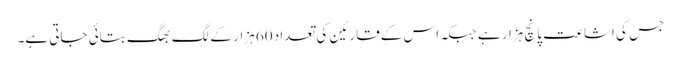
جس کی اشاعت پانچ ہزار ہے جبکہ اس کے قارئین کی تعداد 60 ہزار کے لگ بھگ بتائی جاتی ہے۔